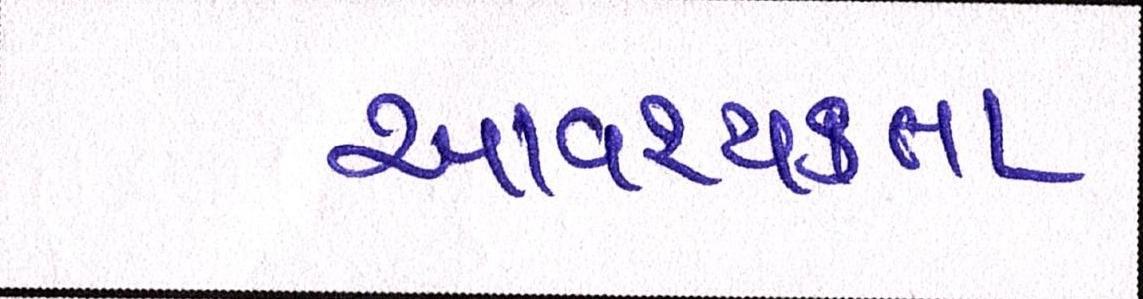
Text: આવશ્યકતા